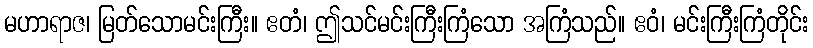
မဟာရာဇ၊ မြတ်သောမင်းကြီး။ ဧတံ၊ ဤသင်မင်းကြီးကြံသော အကြံသည်။ ဧဝံ၊ မင်းကြီးကြံတိုင်း